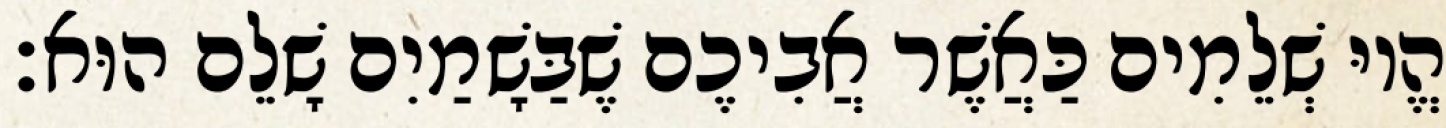
הֱיוּ שְׁלֵמִים כַּאֲשֶׁר אֲבִיכֶם שֶׁבַּשָׁמַיִם שָׁלֵם הוּא׃